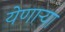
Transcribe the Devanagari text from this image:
येणाऱ्या